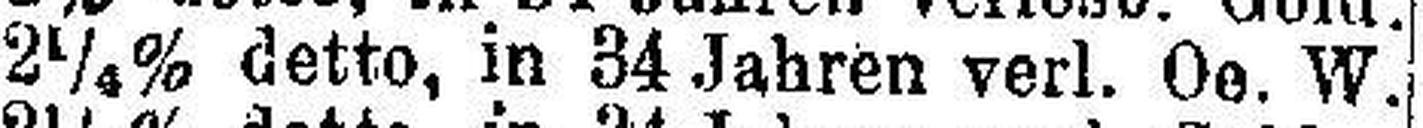
2¼% detto, in 34 Jahren verl. Oe. W.